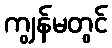
ကျွန်မတွင်